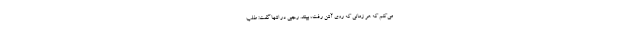
می‌کنم که هر زمانی که روی آنتن رفت، ببینند. رجبی در انتها گفت: طلب